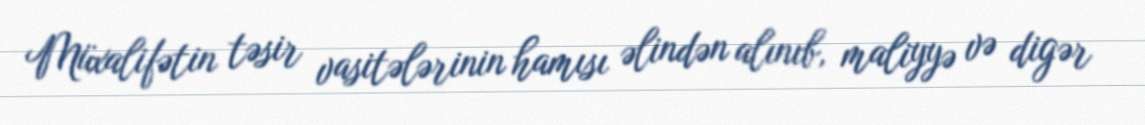
Müxalifətin təsir vasitələrinin hamısı əlindən alınıb, maliyyə və digər